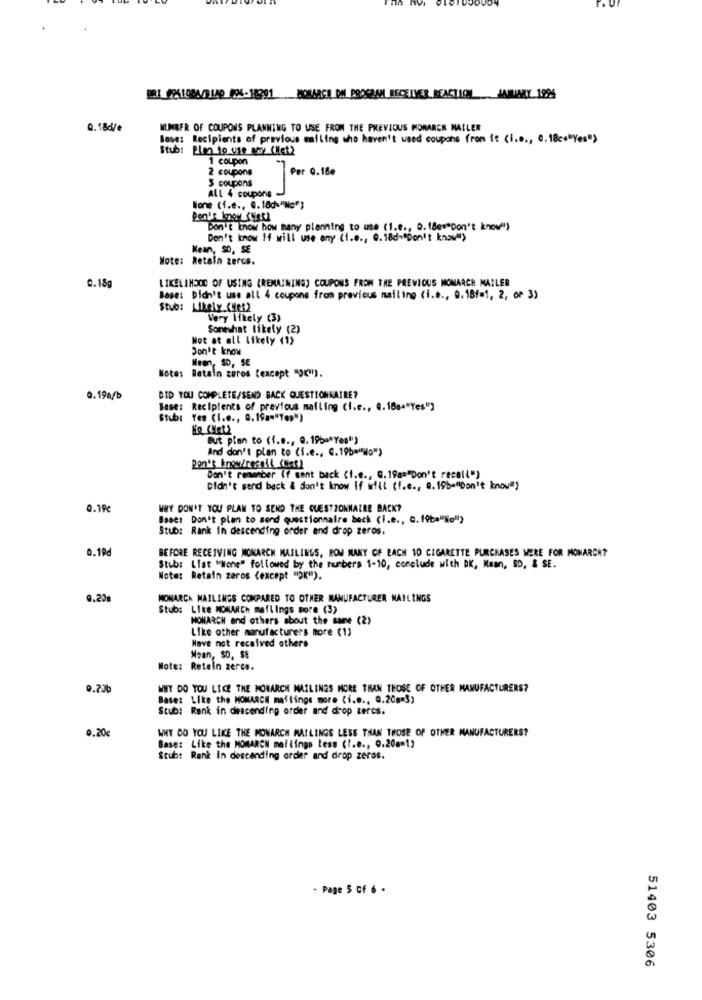
BRI 0961004/01/0 806-18991 MONARCH PM PROGRAM RECEIVER REACTION JANUARY 1994
0.18c/e
NUMBER OF COUPONS PLANNING TO USE FROM THE PREVIOUS MONARCH MAILER
Base: Recipients of previous mailing who haven't used coupons from it (i.e ., C.18c="Yes")
Stub: Plen to use wy CHet2
1 coupon
2 coupons
$ coupons
7 Per 0.180
ALL 4 coupons
None (i.e ., @.18du"No")
Don't know how many planning to use (1.e ., Q.18e="Don't know"}
Don't know If will use any (1.e ., 0.18d-"Don't know">
Mean, SD, SE
Note: Retain zercs.
LIKELIHOOD OF USING (REMAINING) COUPONS FROM THE PREVIOUS MONARCH MAILER
0.18g
Bages Didn't use all 4 coupons from previous mailing (i.e ., 0.18f=1, 2, or 3)
Stub: Likely (Het2
Very likely (3)
Somewhat likely (2)
Not at all Likely (1)
Don't know
Mean, SD, SE
Notes Retain zeros (except "OK").
0.19a/b
DID YOU COMPLETE/SEND BACK QUESTIONNAIRE?
Base: Recipients of previous mailing (i.c ., ".1864"Yes")
Stub: Yes (I.e ., 0.19a="Yes")
But pian to (f.e ., Q. 19b="Yes")
And don't plan to (i.e ., C. 19b=""No")
Don't know/resol (Mas)
Don't remember if sant back (I.e ., Q.19a="Don't recall")
Didn't serd back & don't know If will (f.c ., a.19b="Don't know"}
0.19€
WHY DON'T YOU PLAN TO SEND THE QUESTIONNAIRE BACK?
Bases Don't plan to sond questionnaire beck (i.e ., C. 19ta"No")
Stub: Rank in descending order and drop zeros.
0.19d
BEFORE RECEIVING MONARCH MAILINGS, ROM MANY OF EACH 10 CIGARETTE PURCHASES WERE FOR MONARCH?
Stub: List "None" followed by the numbers 1-10, conclude with DK, Kaan, SD, & SE.
Note: Retain zeros (except "DK").
9.20
MONARCA MAILINGS COMPARED TO OTHER MANUFACTURER MAILINGS
Stub: Like MONARCh maflings more (3)
MONARCH and others about the same (2)
Like other manufacturers more (1)
Have not received others
Waan, SO, SE
Note: Retein zerce.
0.20b
WWY DO YOU LIKE THE MONARCH MAILINGS MORE THAN THOSE OF OTHER MANUFACTURERS?
Base: Like the MONARCH maflings more (i.e ., Q.20g=3)
Stub: Rank in descending order and drop zercs.
0.20€
WHY DO YOU LIKE THE MONARCH MAILINGS LESS THAN THOSE OF OTHER MANUFACTURERS?
Base: Like the MONARCH mailings less (I.e ., Q.208-1)
Stub: Rank In descending order and drop zeros.
- Page 5 of 6 .
51403 5306